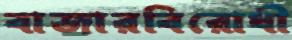
বাজারবিরোধী